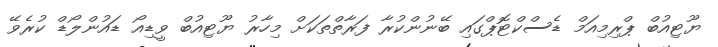
ޔޫޓިއުބް ޕްރިމިއަމް ޑެސްކްޓޮޕްގައި ބޭނުންކުރާ ފަރާތްތަކަށް މިހާރު ޔޫޓިއުބް ވީޑިއޯ ޑައުންލޯޑް ކުރެވޭ